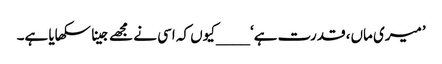
’میری ماں، قدرت ہے‘ ____کیوں کہ اسی نے مجھے جینا سکھایا ہے۔